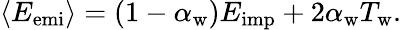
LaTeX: \left<E_{\mathrm{emi}}\right>=\left(1-\alpha_{\mathrm{w}}\right)E_{\mathrm{imp}}+2\alpha_{\mathrm{w}}T_{\mathrm{w}}.